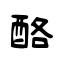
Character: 酪